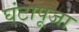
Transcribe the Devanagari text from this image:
घंटापूजा